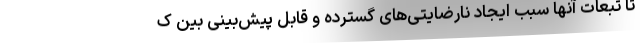
تا تبعات آنها سبب ایجاد نارضایتی‌های گسترده و قابل پیش‌بینی بین ک